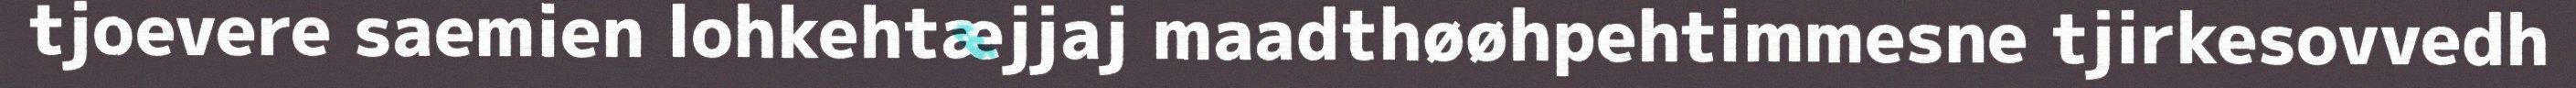
tjoevere saemien lohkehtæjjaj maadthøøhpehtimmesne tjirkesovvedh